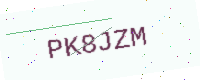
Text: PK8JZM